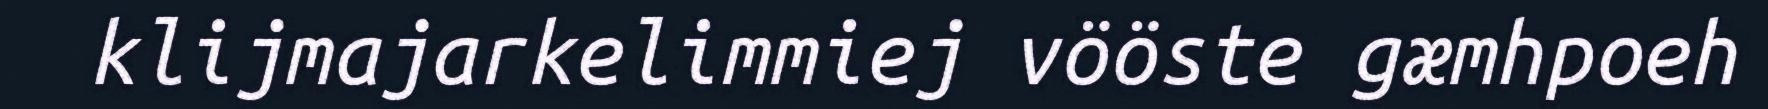
klijmajarkelimmiej vööste gæmhpoeh